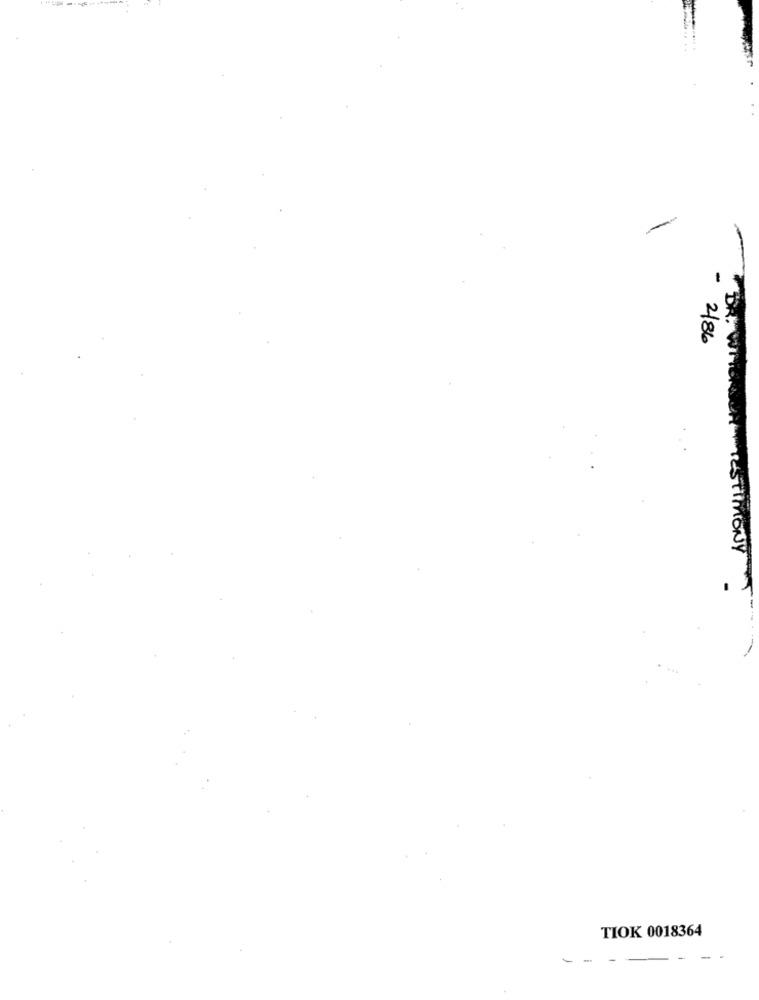
-
-
2/86
DR. WHONACH TESTIMONY
TIOK 0018364
-
-